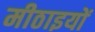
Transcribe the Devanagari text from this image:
मीठाइयों